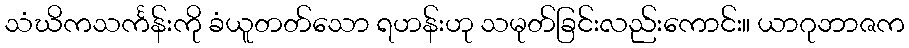
သံဃိကသင်္ကန်းကို ခံယူတတ်သော ရဟန်းဟု သမုတ်ခြင်းလည်းကောင်း။ ယာဂုဘာဇက